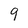
Character: 9